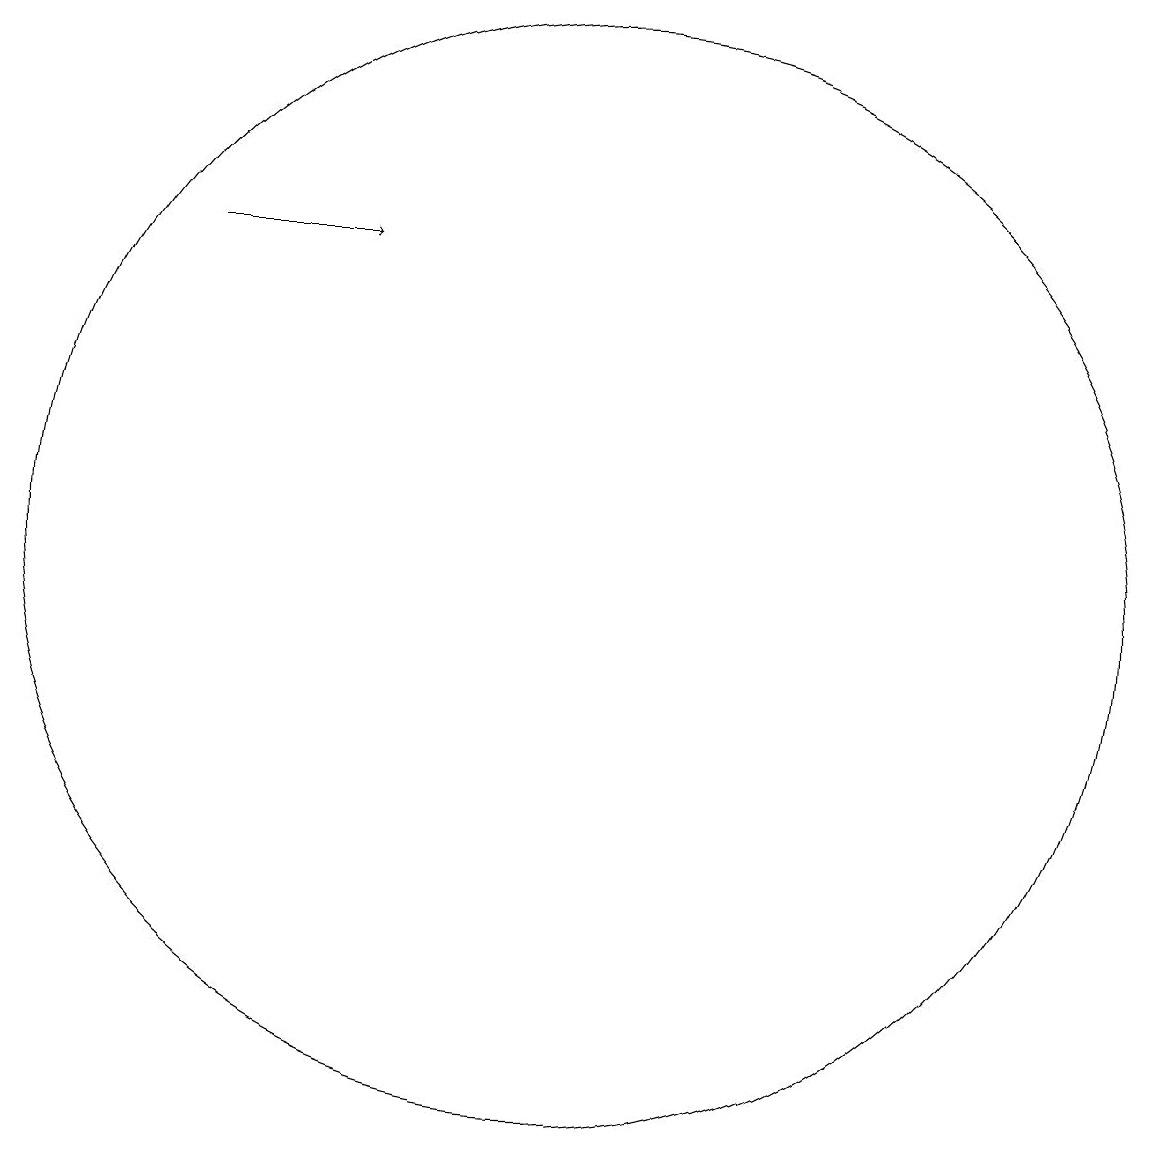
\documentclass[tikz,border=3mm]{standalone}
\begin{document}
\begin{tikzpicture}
\draw[->] (7,15) -- (9,15);
\draw (12,11) circle (7);
\draw (11,12) circle (0);
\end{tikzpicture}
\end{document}